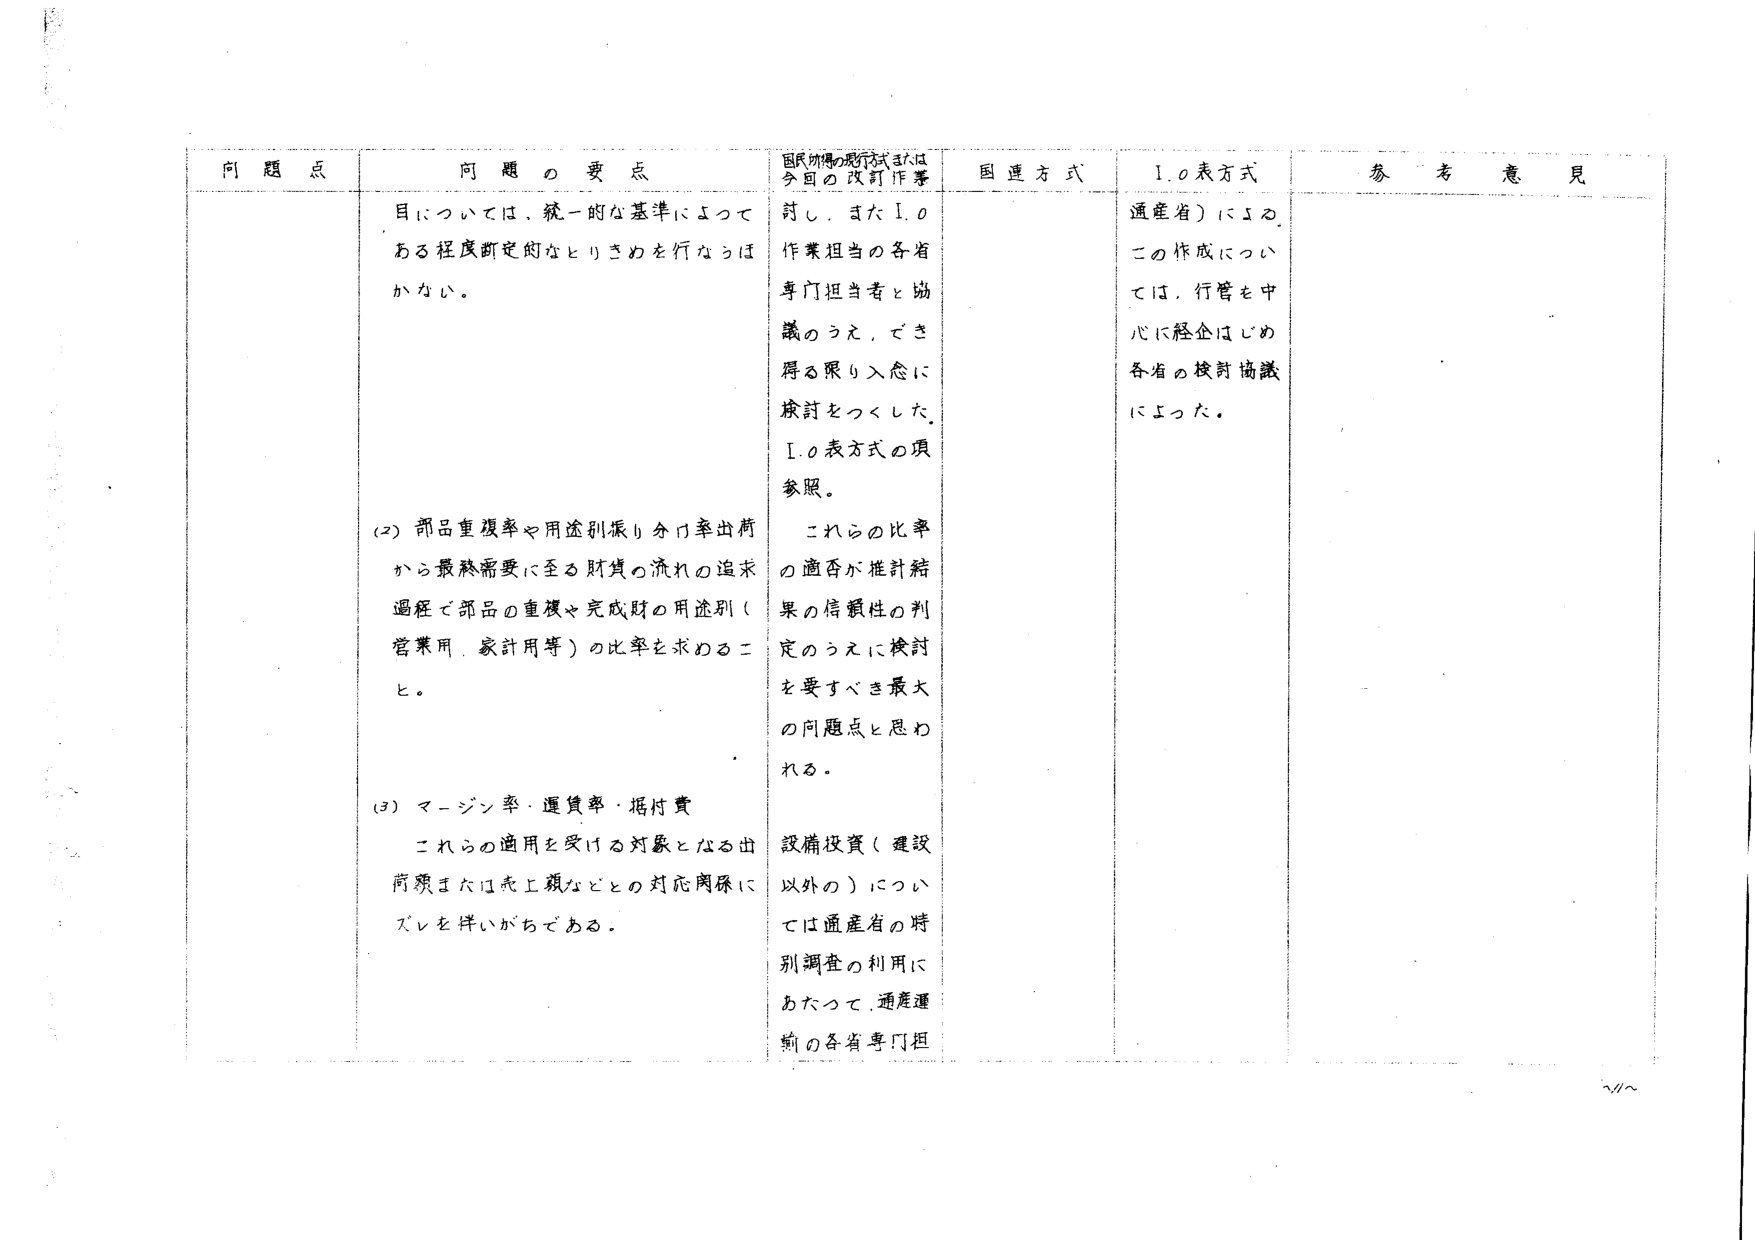
問題点 問題の要点 国民所得の現行式または今回の改訂作業 国連方式 1.0表方式 参考意見 目については、統一的な基準によってある程度断定的なとりきめを行なうは か ない。 討し、また1.0 作業担当の各省専門担当者と協議のうえ、でき得る限り入念に検討をつ くした。 1.0表方式の項参照。 通産省）による。 この作成については、行管を中心に経企はじめ各省の検討協議によった。 (2) 部品重複率や用途別振り分け率出荷から最終需要に至る財貨の流れの追求過程で部品の重複や完成財の用途別（営業用、家計用等）の比率を求めるこ と。 これらの比率の適否が推計結果の信頼性の判定のうえに検討を要すべき最大の問題点と思われる。 (3) マージン率・運賃率・据付費 これらの適用を受ける対象となる出荷額または売上額などとの対応関係にズレを伴いがちである。 設備投資（建設以外の）については通産省の特別調査の利用にあたって、通産運輸の各省専門担 2/4